Indian journal of veterinary science and animal husbandry - Volume 3,
Year: 1933
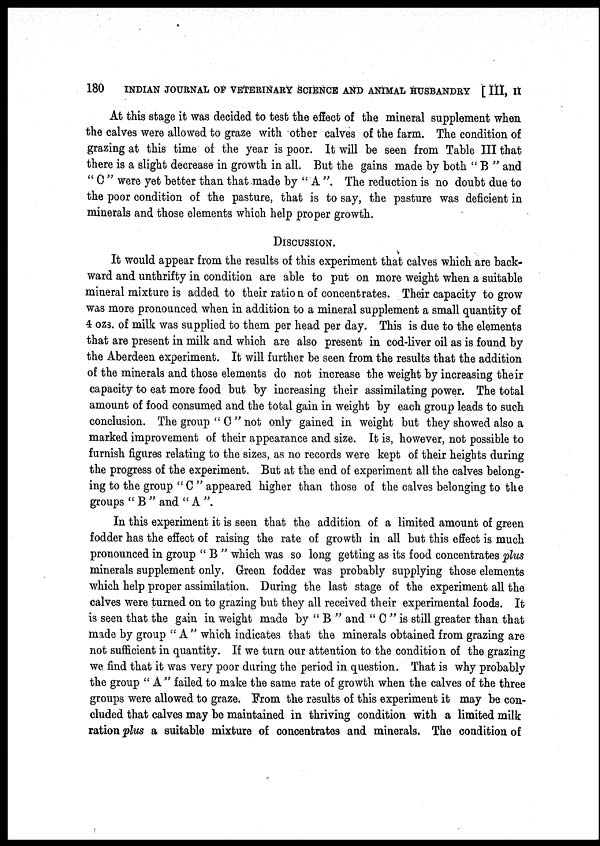
180
INDIAN JOURNAL OF VETERINARY SCIENCE AND ANIMAL HUSBANDRY [ III, II
At this stage it was decided to test the effect of the mineral supplement when
the calves were allowed to graze with other calves of the farm. The condition of
grazing at this time of the year is poor. It will be seen from Table III that
there is a slight decrease in growth in all. But the gains made by both " B " and
" C " were yet better than that made by " A ". The reduction is no doubt due to
the poor condition of the pasture, that is to say, the pasture was deficient in
minerals and those elements which help proper growth.
DISCUSSION.
It would appear from the results of this experiment that calves which are back-
ward and unthrifty in condition are able to put on more weight when a suitable
mineral mixture is added to their ratio n of concentrates. Their capacity to grow
was more pronounced when in addition to a mineral supplement a small quantity of
4 ozs. of milk was supplied to them per head per day. This is due to the elements
that are present in milk and which are also present in cod-liver oil as is found by
the Aberdeen experiment. It will further be seen from the results that the addition
of the minerals and those elements do not increase the weight by increasing their
capacity to eat more food but by increasing their assimilating power. The total
amount of food consumed and the total gain in weight by each group leads to such
conclusion. The group " C " not only gained in weight but they showed also a
marked improvement of their appearance and size. It is, however, not possible to
furnish figures relating to the sizes, as no records were kept of their heights during
the progress of the experiment. But at the end of experiment all the calves belong-
ing to the group " C " appeared higher than those of the calves belonging to the
groups " B " and " A ".
In this experiment it is seen that the addition of a limited amount of green
fodder has the effect of raising the rate of growth in all but this effect is much
pronounced in group " B " which was so long getting as its food concentrates plus
minerals supplement only. Green fodder was probably supplying those elements
which help proper assimilation. During the last stage of the experiment all the
calves were turned on to grazing but they all received their experimental foods. It
is seen that the gain in weight made by " B " and " C " is still greater than that
made by group "A" which indicates that the minerals obtained from grazing are
not sufficient in quantity. If we turn our attention to the condition of the grazing
we find that it was very poor during the period in question. That is why probably
the group "A" failed to make the same rate of growth when the calves of the three
groups were allowed to graze. From the results of this experiment it may be con-
cluded that calves may be maintained in thriving condition with a limited milk
ration plus a suitable mixture of concentrates and minerals. The condition of